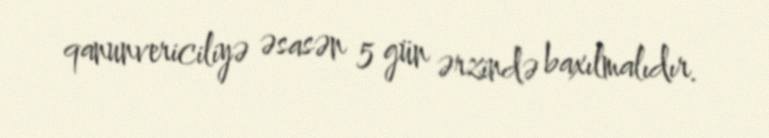
qanunvericiliyə əsasən 5 gün ərzində baxılmalıdır.